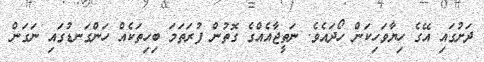
ދަށުގައި އޭގެ ހިޔާވަހިކަން ހޯދައެވެ. ނަތީޖާއެއްގެ ގޮތުން ފުރަތަމަ ބިހިތަކެއް ހަންގަނޑުގައި ނަގަން